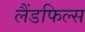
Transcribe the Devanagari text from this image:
लैंडफिल्स